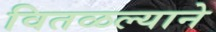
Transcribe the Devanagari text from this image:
वितळल्याने